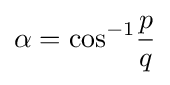
\alpha =\cos ^{-1}\!{\frac {p}{q}}